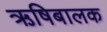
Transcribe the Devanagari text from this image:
ऋषिबालक